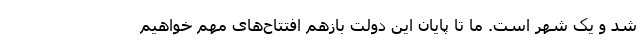
شد و یک شهر است. ما تا پایان این دولت بازهم افتتاح‌های مهم خواهیم